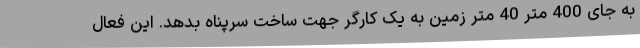
به جای 400 متر 40 متر زمین به یک کارگر جهت ساخت سرپناه بدهد. این فعال